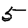
Digit: 5